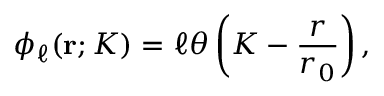
\phi _ { \ell } ( { \bf r } ; K ) = \ell \theta \left( K - \frac { r } { r _ { 0 } } \right) ,